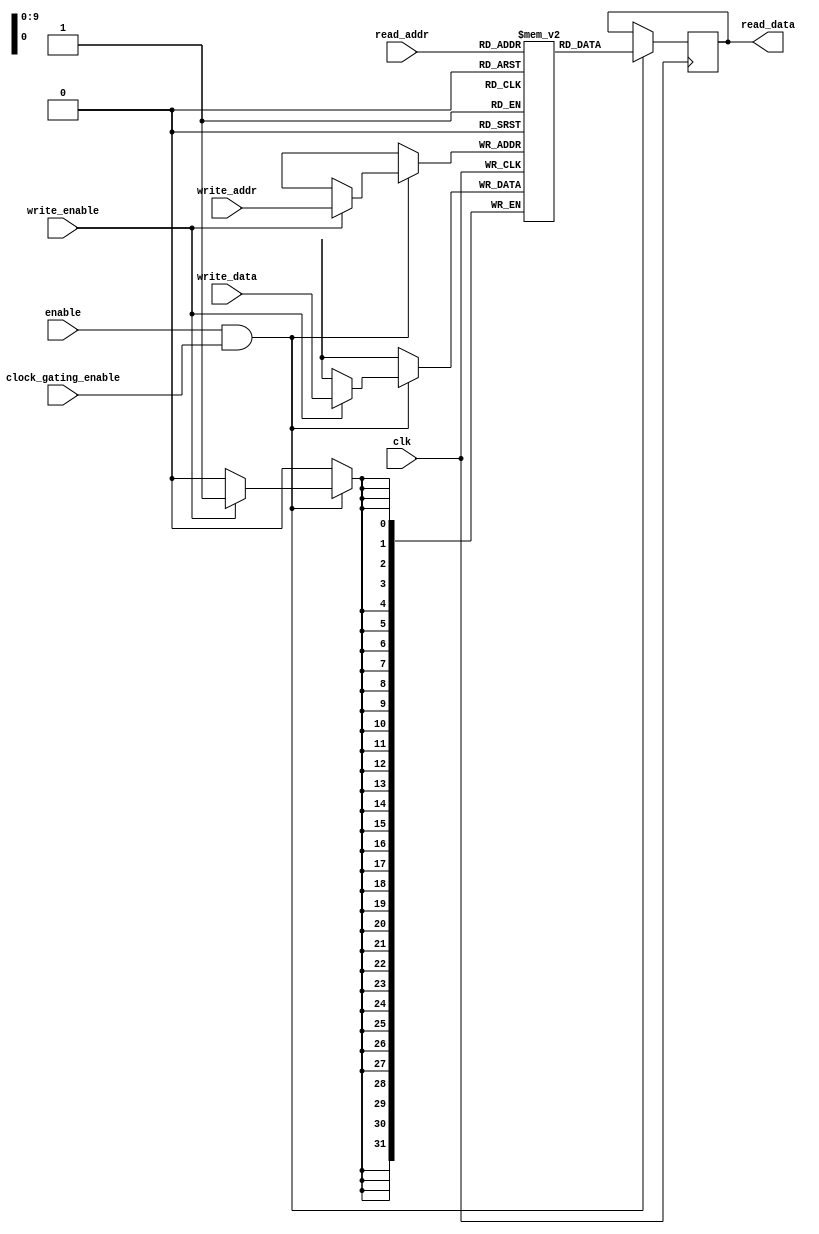
module dual_port_ram (
    input wire clk,
    input wire enable,
    input wire [9:0] read_addr,
    output reg [31:0] read_data,
    input wire [9:0] write_addr,
    input wire [31:0] write_data,
    input wire write_enable,
    input wire clock_gating_enable
);

reg [31:0] mem [1023:0];

always @ (posedge clk)
if (enable && clock_gating_enable) begin
    if (write_enable) begin
        mem[write_addr] <= write_data;
    end
    
    read_data <= mem[read_addr];
end

endmodule